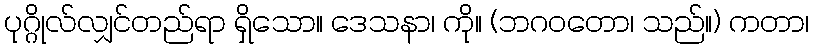
ပုဂ္ဂိုလ်လျှင်တည်ရာ ရှိသော။ ဒေသနာ၊ ကို။ (ဘဂဝတော၊ သည်။) ကတာ၊